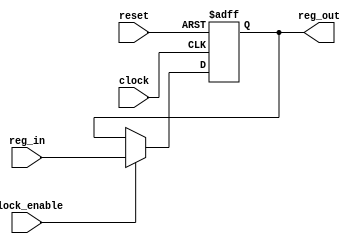
module asyn_rst_reg #(parameter SIZE = 32)(clock,reset,reg_in,clock_enable,reg_out);
input clock,reset,clock_enable;
input [SIZE -1 :0] reg_in;
output [SIZE -1 :0] reg_out;
reg [SIZE -1 :0] reg_out;
always @ (negedge reset or posedge clock)
	begin
		if (!reset)
			begin
			reg_out <= 0;
			end
		else
			begin
			if (clock_enable)
				begin
					reg_out <= reg_in;
			end
		end
	end
endmodule